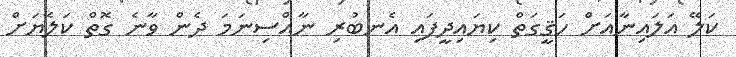
ކަލޭ އަލައިނާއަށް ހަޤީގަތް ކިޔައިދީފައި އެނބުރި ނާއްސިނަމަ ދެން ވާނެ ގޮތް ކަލެޔަށް